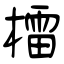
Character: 檑